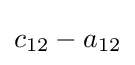
c_{12}-a_{12}